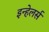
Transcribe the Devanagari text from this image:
इन्हेलर्स